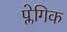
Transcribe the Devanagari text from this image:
प्लेगिक